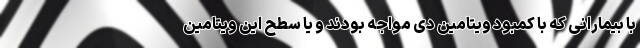
با بیمارانی که با کمبود ویتامین دی مواجه بودند و یا سطح این ویتامین